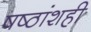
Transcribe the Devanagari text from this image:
षष्ठांशही